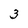
Character: 3